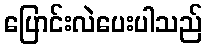
ပြောင်းလဲပေးပါသည်